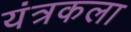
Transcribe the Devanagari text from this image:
यंत्रकला